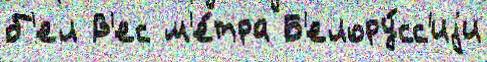
б'ел В'ес м'е́тра Б'елору́сс'иjи